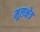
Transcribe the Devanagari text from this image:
मूलक्षेत्र